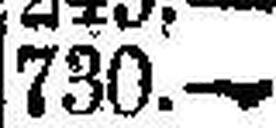
730.—